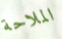
الملاحة